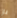
باز